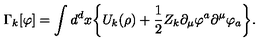
\Gamma _ { k } [ \varphi ] = \int { d } ^ { d } { x } \bigg \{ { U } _ { k } ( \rho ) + \frac { 1 } { 2 } Z _ { k } \partial _ { \mu } \varphi ^ { a } \partial ^ { \mu } \varphi _ { a } \bigg \} .